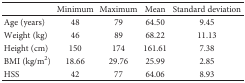
<table><thead><tr><td></td><td><b>Minimum</b></td><td><b>Maximum</b></td><td><b>Mean</b></td><td><b>Standard deviation</b></td></tr></thead><tbody><tr><td>Age (years)</td><td>48</td><td>79</td><td>64.50</td><td>9.45</td></tr><tr><td>Weight (kg)</td><td>46</td><td>89</td><td>68.22</td><td>11.13</td></tr><tr><td>Height (cm)</td><td>150</td><td>174</td><td>161.61</td><td>7.38</td></tr><tr><td>BMI (kg/m<sup>2</sup>)</td><td>18.66</td><td>29.76</td><td>25.99</td><td>2.85</td></tr><tr><td>HSS</td><td>42</td><td>77</td><td>64.06</td><td>8.93</td></tr></tbody></table>